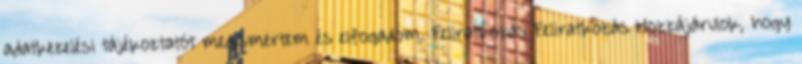
adatkezelési tájékoztatót megismertem és elfogadom. Feliratkozás Feliratkozás Hozzájárulok, hogy